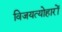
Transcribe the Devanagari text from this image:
विजयत्योहारों